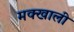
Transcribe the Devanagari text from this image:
मक्खाली